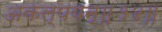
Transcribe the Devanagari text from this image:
अकल्पयन्॥१४॥